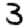
Digit: 3